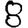
Digit: 8